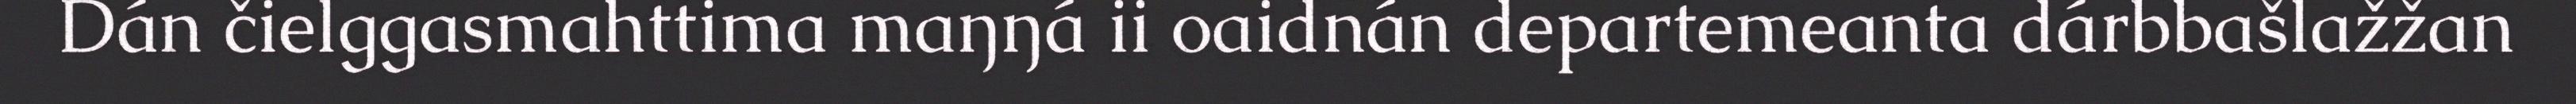
Dán čielggasmahttima maŋŋá ii oaidnán departemeanta dárbbašlažžan